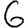
Digit: 6